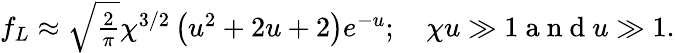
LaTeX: \begin{array}{r}{f_{L}\approx\sqrt{\frac{2}{\pi}}\chi^{3/2}\left(u^{2}+2u+2\right)e^{-u};\quad\chi u\gg 1\mathrm{~a~n~d~}u\gg 1.}\end{array}